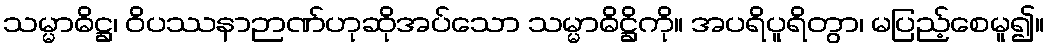
သမ္မာဓိဋ္ဌ၊ ဝိပဿနာဉာဏ်ဟုဆိုအပ်သော သမ္မာဓိဋ္ဌိကို။ အပရိပူရိတွာ၊ မပြည့်စေမူ၍။